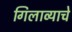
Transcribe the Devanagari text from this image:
गिलाव्याचे